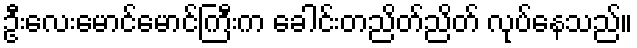
ဦးလေးမောင်မောင်ကြီးက ခေါင်းတညိတ်ညိတ် လုပ်နေသည်။